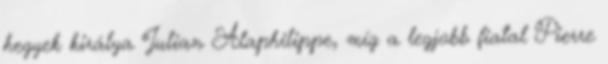
hegyek királya Julian Alaphilippe, míg a legjobb fiatal Pierre